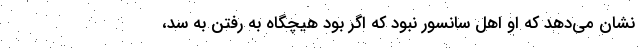
نشان می‌دهد که او اهل سانسور نبود که اگر بود هیچگاه به رفتن به سد،